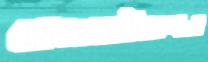
বেজাতইয়াপনা